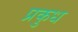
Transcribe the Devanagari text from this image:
प्रकुध